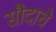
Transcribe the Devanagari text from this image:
सौदाचे